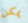
يمكن